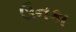
ઉનકા